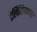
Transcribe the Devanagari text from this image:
टेलिव्हिजनवर